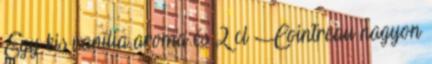
Egy kis vanília aroma és 2 cl Cointreau nagyon